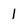
Character: I